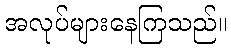
အလုပ်များနေကြသည်။